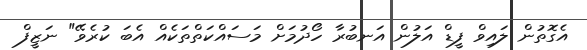
އެގޮތުން ލައިވް ފީޑް އަލުން އަނބުރާ ހޯދުމަށް މަސައްކަތްތަކެއް އެބަ ކުރެވޭ" ނަޒީފް